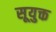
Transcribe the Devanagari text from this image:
सूयुक्त